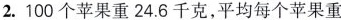
2.100个苹果重24.6千克，平均每个苹果重